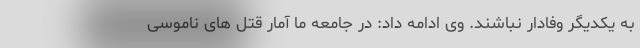
به یکدیگر وفادار نباشند. وی ادامه داد: در جامعه ما آمار قتل های ناموسی